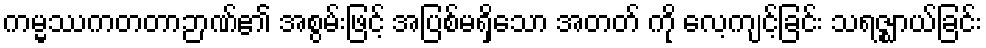
ကမ္မဿကတတာဉာဏ်၏ အစွမ်းဖြင့် အပြစ်မရှိသော အတတ် ကို လေ့ကျင့်ခြင်း သရဇ္ဈာယ်ခြင်း